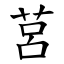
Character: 莒